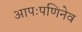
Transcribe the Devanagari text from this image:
आपःपणिनेव